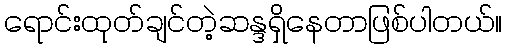
ရောင်းထုတ်ချင်တဲ့ဆန္ဒရှိနေတာဖြစ်ပါတယ်။